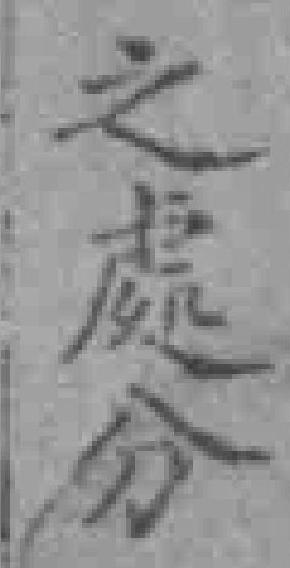
之處分